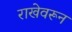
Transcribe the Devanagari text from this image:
राखेवरून